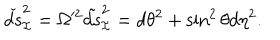
LaTeX: \check { d s } _ { \cal I } ^ { 2 } = \Omega ^ { 2 } \tilde { d s } _ { \cal I } ^ { 2 } = d \theta ^ { 2 } + \sin ^ { 2 } \theta d \eta ^ { 2 } .